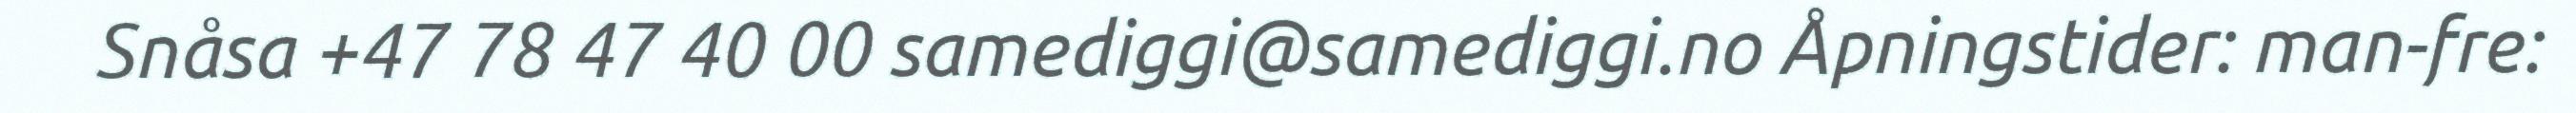
Snåsa +47 78 47 40 00 samediggi@samediggi.no Åpningstider: man-fre: